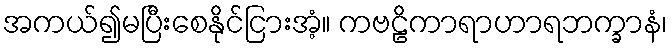
အကယ်၍မပြီးစေနိုင်ငြားအံ့။ ကဗဠိကာရာဟာရဘက္ခာနံ၊